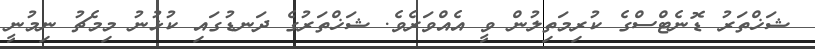
ޝަޚްތަރު ޑޮނެޓްސްގެ ކުރިމަތިލުން ވީ އެއްވަރެވެ. ޝަޚްތަރުގެ ދަނޑުގައި ކުޅުނު މިމެޗު ނިމުނީ